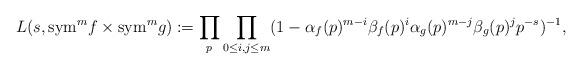
LaTeX: \begin{align*}L(s,{\rm sym}^m f\times {\rm sym}^m g):= \prod_p\prod_{0\leq i,j\leq m}(1-\alpha_f(p)^{m-i}\beta_f(p)^i\alpha_g(p)^{m-j}\beta_g(p)^jp^{-s})^{-1},\end{align*}